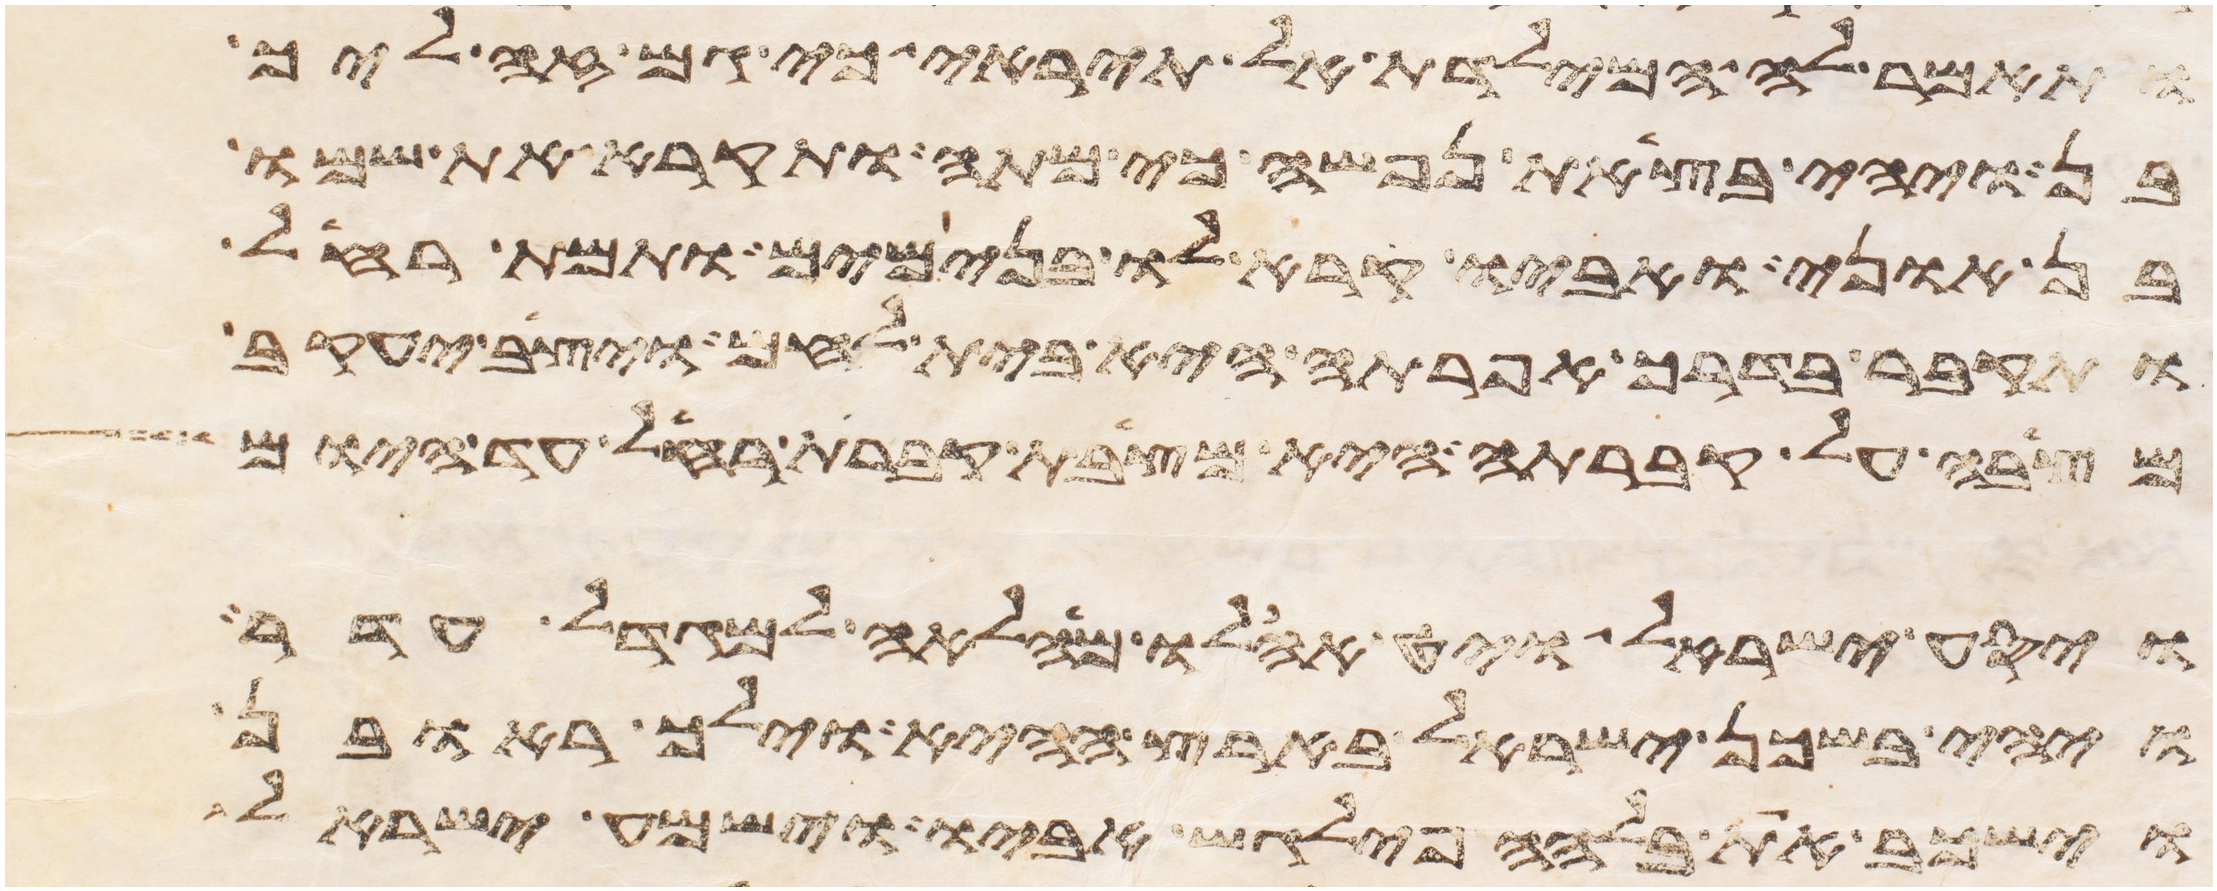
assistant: ותאמר לה המילדת אל תיראי כי גם זה ליך
בן ויהי בצאת נפשה כי מתה ותקרא את שמו
בן אוני ואביו קרא לו בנימים ותמת רחל
ותקבר בדרך אפרתה היא בית לחם ויצב יעקב
מצבה על קברתה היא מצבת קברת רחל עד היום
ויסע ישראל ויט אהלו מהלאה למגדל עדר
ויהי בשכן ישראל בארץ ההיא וילך ראובן
וישכב את בלהה פילגש אביו וישמע ישראל